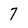
Character: 7